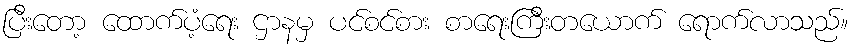
ပြီးတော့ ထောက်ပံ့ရေး ဌာနမှ ပင်စင်စား စာရေးကြီးတယောက် ရောက်လာသည်။